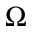
\Omega